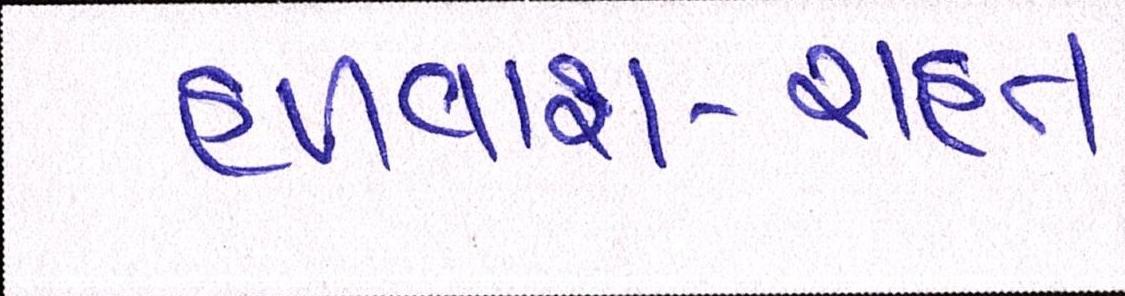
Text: હળવાશ-રાહત